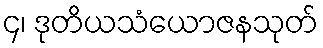
၄၊ ဒုတိယသံယောဇနသုတ်